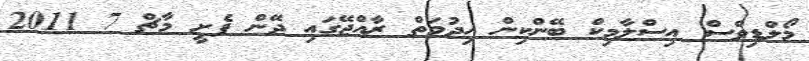
މޯލްޑިވްސް އިސްލާމިކް ބޭންކިން ހިދުމަތް ރާއްޖޭގައި ދޭން ފެށީ މާޗް 7 2011